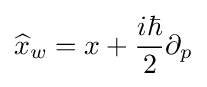
{\widehat {x}}_{w}=x+{\frac {i\hbar }{2}}\partial _{p}